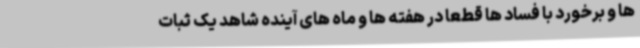
ها و برخورد با فساد ها قطعا در هفته ها و ماه های آینده شاهد یک ثبات